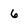
Character: 6